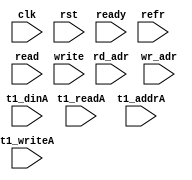
module ip_top_sva_2_nror1w_dup
  #(
parameter WIDTH = 8,
parameter NUMRDPT = 4,
parameter NUMADDR = 8192,
parameter BITADDR = 13,
parameter NUMVROW = 1024,
parameter BITVROW = 10,
parameter NUMVBNK = 8,
parameter BITVBNK = 3,
parameter REFRESH = 10)
(
  input clk,
  input rst,
  input ready,
  input refr,
  input [NUMRDPT-1:0] read,
  input [NUMRDPT*BITADDR-1:0] rd_adr,
  input write,
  input [BITADDR-1:0]  wr_adr,
  input [NUMRDPT*NUMVBNK-1:0] t1_readA,
  input [NUMRDPT*NUMVBNK-1:0] t1_writeA,
  input [NUMRDPT*NUMVBNK*BITVROW-1:0] t1_addrA,
  input [NUMRDPT*NUMVBNK*WIDTH-1:0] t1_dinA
);
`ifdef FORMAL
//synopsys translate_off

generate if (REFRESH) begin: refr_loop
assert_refr_noacc_check: assume property (@(posedge clk) disable iff (rst) !(refr && (write || |read)));
end
endgenerate

assert_rd_wr_check: assume property (@(posedge clk) disable iff (!ready) !(write && |read));
//assert_wr_range_check: assume property (@(posedge clk) disable iff (!ready) write |-> (wr_adr < NUMADDR));
genvar rd_int;
generate for (rd_int=0; rd_int<NUMRDPT; rd_int=rd_int+1) begin: rd_loop
  wire read_wire = read >> rd_int;
  wire [BITADDR-1:0] rd_adr_wire = rd_adr >> (rd_int*BITADDR);

//  assert_rd_range_check: assume property (@(posedge clk) disable iff (!ready) read_wire |-> (rd_adr_wire < NUMADDR));
end
endgenerate

genvar t1_vbnk_int, t1_prpt_int;
generate for (t1_vbnk_int=0; t1_vbnk_int<NUMVBNK; t1_vbnk_int=t1_vbnk_int+1) begin: t1_vbnk_loop
  for (t1_prpt_int=0; t1_prpt_int<NUMRDPT; t1_prpt_int=t1_prpt_int+1) begin: t1_prpt_loop
    wire t1_readA_wire = t1_readA >> (NUMRDPT*t1_vbnk_int+t1_prpt_int);
    wire t1_writeA_wire = t1_writeA >> (NUMRDPT*t1_vbnk_int+t1_prpt_int);
    wire [BITVROW-1:0] t1_addrA_wire = t1_addrA >> ((NUMRDPT*t1_vbnk_int+t1_prpt_int)*BITVROW);
    wire [WIDTH-1:0] t1_dinA_wire = t1_dinA >> ((NUMRDPT*t1_vbnk_int+t1_prpt_int)*WIDTH);

    wire t1_writeA_0_wire = t1_writeA >> (NUMRDPT*t1_vbnk_int);
    wire [BITVROW-1:0] t1_addrA_0_wire = t1_addrA >> (NUMRDPT*t1_vbnk_int*BITVROW);
    wire [WIDTH-1:0] t1_dinA_0_wire = t1_dinA >> (NUMRDPT*t1_vbnk_int*WIDTH);

    assert_t1_1port_check: assert property (@(posedge clk) disable iff (rst) !(t1_readA_wire && t1_writeA_wire));
//    assert_t1_rw_range_check: assert property (@(posedge clk) disable iff (rst) (t1_readA_wire || t1_writeA_wire) |-> (t1_addrA_wire < NUMVROW));
    assert_t1_wr_range_check: assert property (@(posedge clk) disable iff (rst) t1_writeA_wire |-> (t1_addrA_wire < NUMVROW));
    assert_t1_wr_same_check: assert property (@(posedge clk) disable iff (rst) t1_writeA_wire |->
					      (t1_writeA_0_wire && (t1_addrA_0_wire == t1_addrA_wire) && (t1_dinA_0_wire == t1_dinA_wire))); 
  end
end
endgenerate
//synopsys translate_on
`endif
endmodule


module ip_top_sva_nror1w_dup
  #(
parameter WIDTH = 32,
parameter BITWDTH = 5,
parameter ENAPAR = 0,
parameter ENAECC = 0,
parameter NUMRDPT = 2,
parameter NUMADDR = 8192,
parameter BITADDR = 13,
parameter NUMVBNK = 8,
parameter BITVBNK = 3,
parameter NUMVROW = 8,
parameter BITVROW = 3,
parameter BITPADR = 13,
parameter SRAM_DELAY = 2,
parameter FLOPIN = 0,
parameter FLOPOUT = 0)
(
  input clk,
  input rst,
  input ready,
  input [NUMRDPT*NUMVBNK-1:0] t1_readA,
  input [NUMRDPT*NUMVBNK-1:0] t1_writeA,
  input [NUMRDPT*NUMVBNK*BITVROW-1:0] t1_addrA,
  input [NUMRDPT*NUMVBNK*WIDTH-1:0] t1_dinA,
  input [NUMRDPT*NUMVBNK*WIDTH-1:0] t1_doutA,
  input [NUMRDPT*NUMVBNK-1:0] t1_fwrdA,
  input [NUMRDPT*NUMVBNK-1:0] t1_serrA,
  input [NUMRDPT*NUMVBNK-1:0] t1_derrA,
  input [NUMRDPT*NUMVBNK*(BITPADR-BITVBNK)-1:0] t1_padrA,
  input write,
  input [BITADDR-1:0]  wr_adr,
  input [WIDTH-1:0] din,
  input [NUMRDPT*BITADDR-1:0] rd_adr,
  input [NUMRDPT-1:0] read,
  input [NUMRDPT-1:0] rd_vld,
  input [NUMRDPT*WIDTH-1:0] rd_dout,
  input [NUMRDPT-1:0] rd_fwrd,
  input [NUMRDPT-1:0] rd_serr,
  input [NUMRDPT-1:0] rd_derr,
  input [NUMRDPT*BITPADR-1:0] rd_padr,
  input [BITADDR-1:0] select_addr,
  input [BITWDTH-1:0] select_bit
);
`ifdef FORMAL
//synopsys translate_off

wire [BITVBNK-1:0] select_bank;
wire [BITVROW-1:0] select_vrow;
np2_addr #(
  .NUMADDR (NUMADDR), .BITADDR (BITADDR),
  .NUMVBNK (NUMVBNK), .BITVBNK (BITVBNK),
  .NUMVROW (NUMVROW), .BITVROW (BITVROW))
  sel_adr (.vbadr(select_bank), .vradr(select_vrow), .vaddr(select_addr));

reg t1_fwrdA_sel [0:NUMRDPT-1];
reg t1_serrA_sel [0:NUMRDPT-1];
reg t1_derrA_sel [0:NUMRDPT-1];
reg [BITPADR-BITVBNK-1:0] t1_padrA_sel [0:NUMRDPT-1];
integer t1_padr_int;
always_comb
  for (t1_padr_int=0; t1_padr_int<NUMRDPT; t1_padr_int=t1_padr_int+1) begin
    t1_fwrdA_sel[t1_padr_int] = t1_fwrdA >> (NUMRDPT*select_bank+t1_padr_int);
    t1_serrA_sel[t1_padr_int] = t1_serrA >> (NUMRDPT*select_bank+t1_padr_int);
    t1_derrA_sel[t1_padr_int] = t1_derrA >> (NUMRDPT*select_bank+t1_padr_int);
    t1_padrA_sel[t1_padr_int] = t1_padrA >> ((NUMRDPT*select_bank+t1_padr_int)*(BITPADR-BITVBNK));
  end

reg t1_readA_wire [0:NUMRDPT-1][0:NUMVBNK-1];
reg t1_writeA_wire [0:NUMVBNK-1];
reg [BITVROW-1:0] t1_addrA_wire [0:NUMRDPT-1][0:NUMVBNK-1];
reg [WIDTH-1:0] t1_dinA_wire [0:NUMVBNK-1];
integer t1_prpt_int, t1_vbnk_int;
always_comb
  for (t1_vbnk_int=0; t1_vbnk_int<NUMVBNK; t1_vbnk_int=t1_vbnk_int+1) begin
    for (t1_prpt_int=0; t1_prpt_int<NUMRDPT; t1_prpt_int=t1_prpt_int+1) begin
      t1_readA_wire[t1_prpt_int][t1_vbnk_int] = t1_readA >> (NUMRDPT*t1_vbnk_int+t1_prpt_int);
      t1_addrA_wire[t1_prpt_int][t1_vbnk_int] = t1_addrA >> ((NUMRDPT*t1_vbnk_int+t1_prpt_int)*BITVROW);
    end
    t1_writeA_wire[t1_vbnk_int] = t1_writeA >> (NUMRDPT*t1_vbnk_int);
    t1_dinA_wire[t1_vbnk_int] = t1_dinA >> (NUMRDPT*t1_vbnk_int*WIDTH);
  end

reg read_wire [0:NUMRDPT-1];
reg [BITADDR-1:0] rd_adr_wire [0:NUMRDPT-1];
reg [BITVBNK-1:0] rd_bnk_wire [0:NUMRDPT-1];
reg [BITVBNK-1:0] rd_row_wire [0:NUMRDPT-1];
reg rd_vld_wire [0:NUMRDPT-1];
reg [WIDTH-1:0] rd_dout_wire [0:NUMRDPT-1];
reg rd_fwrd_wire [0:NUMRDPT-1];
reg rd_serr_wire [0:NUMRDPT-1];
reg rd_derr_wire [0:NUMRDPT-1];
reg [BITPADR-1:0] rd_padr_wire [0:NUMRDPT-1];
integer rd_int;
always_comb
  for (rd_int=0; rd_int<NUMRDPT; rd_int=rd_int+1) begin
    read_wire[rd_int] = read >> rd_int;
    rd_adr_wire[rd_int] = rd_adr >> (rd_int*BITADDR);
    rd_bnk_wire[rd_int] = rd_adr >> ((rd_int*BITADDR)+BITVROW);
    rd_row_wire[rd_int] = rd_adr >> (rd_int*BITADDR);
    rd_vld_wire[rd_int] = rd_vld >> rd_int;
    rd_dout_wire[rd_int] = rd_dout >> (rd_int*WIDTH);
    rd_fwrd_wire[rd_int] = rd_fwrd >> rd_int;
    rd_serr_wire[rd_int] = rd_serr >> rd_int;
    rd_derr_wire[rd_int] = rd_derr >> rd_int;
    rd_padr_wire[rd_int] = rd_padr >> (rd_int*BITPADR);
  end

reg meminv;
reg mem;
always @(posedge clk)
  if (rst)
    meminv <= 1'b1;
  else if (t1_writeA_wire[select_bank] && (t1_addrA_wire[0][select_bank] == select_vrow)) begin
    meminv <= 1'b0;
    mem <= t1_dinA_wire[select_bank][select_bit];
  end
      
genvar memr_int, memb_int;
generate for (memr_int=0; memr_int<NUMRDPT; memr_int=memr_int+1) begin: memr_loop
  assert_pdout_check: assert property (@(posedge clk) disable iff (rst)
				       (t1_readA_wire[memr_int][select_bank] && (t1_addrA_wire[memr_int][select_bank] == select_vrow)) |-> ##SRAM_DELAY
                                       ($past(meminv,SRAM_DELAY) || (!t1_fwrdA_sel[memr_int] && (ENAPAR ? t1_serrA_sel[memr_int] :
                                                                                                 ENAECC ? t1_derrA_sel[memr_int] : 1'b0)) ||
                                        (t1_doutA[(select_bank*NUMRDPT+memr_int)*WIDTH+select_bit] == $past(mem,SRAM_DELAY))));
end
endgenerate

reg fakememinv;
reg fakemem;
always @(posedge clk)
  if (rst) 
    fakememinv <= 1'b1;
  else if (write && (wr_adr == select_addr)) begin
    fakememinv <= 1'b0;
    fakemem <= din[select_bit];
  end

generate if (FLOPIN) begin: fake_flp_loop
  assert_fakemem_check: assert property (@(posedge clk) disable iff (rst) 1'b1 |-> ##1
                                         ($past(fakememinv) || ($past(fakemem) == mem)));
end else begin: fake_noflp_loop
  assert_fakemem_check: assert property (@(posedge clk) disable iff (rst)
                                         (fakememinv || (fakemem == mem)));
end
endgenerate

genvar doutr_int;
generate for (doutr_int=0; doutr_int<NUMRDPT; doutr_int=doutr_int+1) begin: doutr_loop
  assert_dout_check: assert property (@(posedge clk) disable iff (rst) (read_wire[doutr_int] && (rd_adr_wire[doutr_int] == select_addr)) |-> ##(FLOPIN+SRAM_DELAY+FLOPOUT)
                                      (rd_vld_wire[doutr_int] && ($past(fakememinv,FLOPIN+SRAM_DELAY+FLOPOUT) ||
                                                                  (!rd_fwrd_wire[doutr_int] && ((ENAPAR && rd_serr_wire[doutr_int]) || (ENAECC && rd_derr_wire[doutr_int]))) ||
                                                                  (rd_dout_wire[doutr_int][select_bit] == $past(fakemem,FLOPIN+SRAM_DELAY+FLOPOUT)))));
  assert_fwrd_check: assert property (@(posedge clk) disable iff (rst) (read_wire[doutr_int] && (rd_adr_wire[doutr_int] == select_addr)) |-> ##(FLOPIN+SRAM_DELAY+FLOPOUT)
                                      (rd_fwrd_wire[doutr_int] == (FLOPOUT ? $past(t1_fwrdA_sel[doutr_int]) : t1_fwrdA_sel[doutr_int])));
  assert_derr_check: assert property (@(posedge clk) disable iff (rst) (read_wire[doutr_int] && (rd_adr_wire[doutr_int] == select_addr)) |-> ##(FLOPIN+SRAM_DELAY+FLOPOUT)
                                      (rd_serr_wire[doutr_int] == (FLOPOUT ? $past(t1_serrA_sel[doutr_int]) : t1_serrA_sel[doutr_int])) &&
                                      (rd_derr_wire[doutr_int] == (FLOPOUT ? $past(t1_derrA_sel[doutr_int]) : t1_derrA_sel[doutr_int])));
  assert_padr_check: assert property (@(posedge clk) disable iff (rst) (read_wire[doutr_int] && (rd_adr_wire[doutr_int] == select_addr)) |-> ##(FLOPIN+SRAM_DELAY+FLOPOUT)
                                      (rd_padr_wire[doutr_int] == {select_bank,(FLOPOUT ? $past(t1_padrA_sel[doutr_int]) : t1_padrA_sel[doutr_int])}));

end
endgenerate
//synopsys translate_on
`endif
endmodule